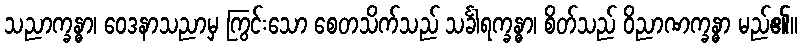
သညာက္ခန္ဓာ၊ ဝေဒနာသညာမှ ကြွင်းသော စေတသိက်သည် သင်္ခါရက္ခန္ဓာ၊ စိတ်သည် ဝိညာဏက္ခန္ဓာ မည်၏။